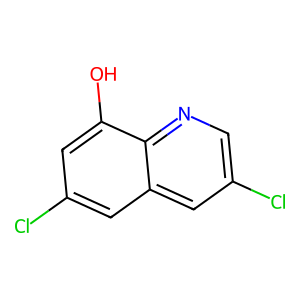
SMILES: Oc1cc(Cl)cc2cc(Cl)cnc12
Inhibits HIV replication: No